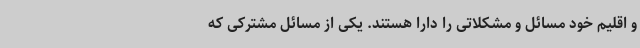
و اقلیم خود مسائل و مشکلاتی را دارا هستند. یکی از مسائل مشترکی که